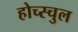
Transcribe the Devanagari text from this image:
होच्स्चुल